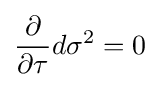
{\frac {\partial }{\partial \tau }}d\sigma ^{2}=0